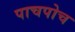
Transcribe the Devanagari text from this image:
पाचपोच